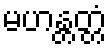
မဟန္တတ္တံ